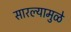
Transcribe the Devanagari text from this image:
सारल्यामुळे